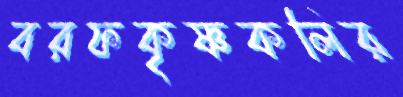
বরফকৃষ্ণকলির